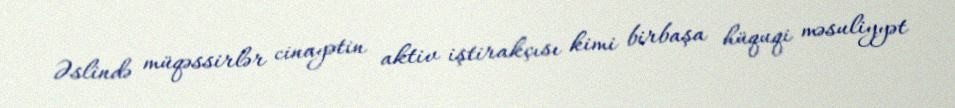
Əslində müqəssirlər cinayətin aktiv iştirakçısı kimi birbaşa hüquqi məsuliyyət